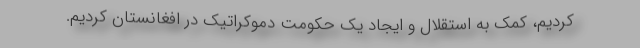
کردیم، کمک به استقلال و ایجاد یک حکومت دموکراتیک در افغانستان کردیم.